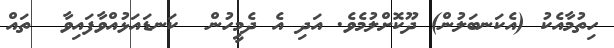
ހިތުމާއެކު (އެކަނބަލުން) ދޫކޮށްލުމެވެ. އަދި އެ ދެމީހުން  ކަނޑައަޅުއްވާފައިވާ  ތައް